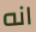
انه